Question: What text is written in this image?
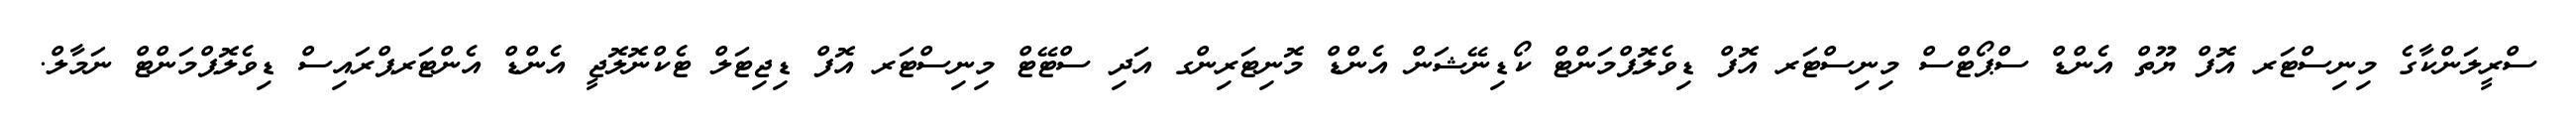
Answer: ސްރީލަންކާގެ މިނިސްޓަރ އޮފް ޔޫތް އެންޑް ސްޕޯޓްސް މިނިސްޓަރ އޮފް ޑިވެލޮޕްމަންޓް ކޯޑިނޭޝަން އެންޑް މޮނިޓަރިންގ އަދި ސްޓޭޓް މިނިސްޓަރ އޮފް ޑިޖިޓަލް ޓެކްނޮލޮޖީ އެންޑް އެންޓަރޕްރައިސް ޑިވެލޮޕްމަންޓް ނަމާލް.